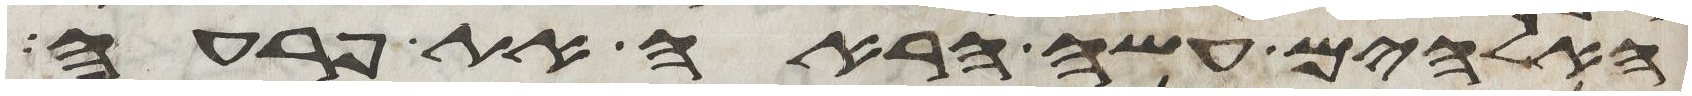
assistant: האלהים עשה הראה את פרעה